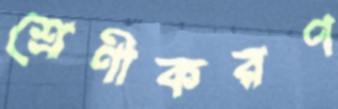
শ্রেণীকরণ